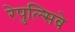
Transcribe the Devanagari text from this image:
रेपुल्सिवे